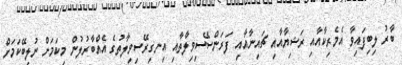
ބާރު ލިބިފައިވާ އެމެރިކާއާއި ރަޝިޔާއާއި ޗައިނާއާއި ފަރަންސޭސިވިލާތާއި އިނގިރޭސިވިލާތުގެ އެއްބާރުލުން މިކަމަށް ނުލިބޭކަމަށް